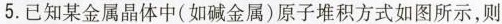
5. 已知某金属晶体中(如碱金属)原子堆积方式如图所示，则